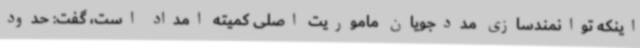
اینکه توانمندسازی مددجویان ماموریت اصلی کمیته امداد است، گفت: حدود